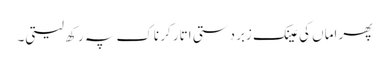
پھر اماں کی عینک زبردستی اتار کر ناک پہ رکھ لیتی۔